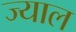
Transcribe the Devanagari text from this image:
ज्याल